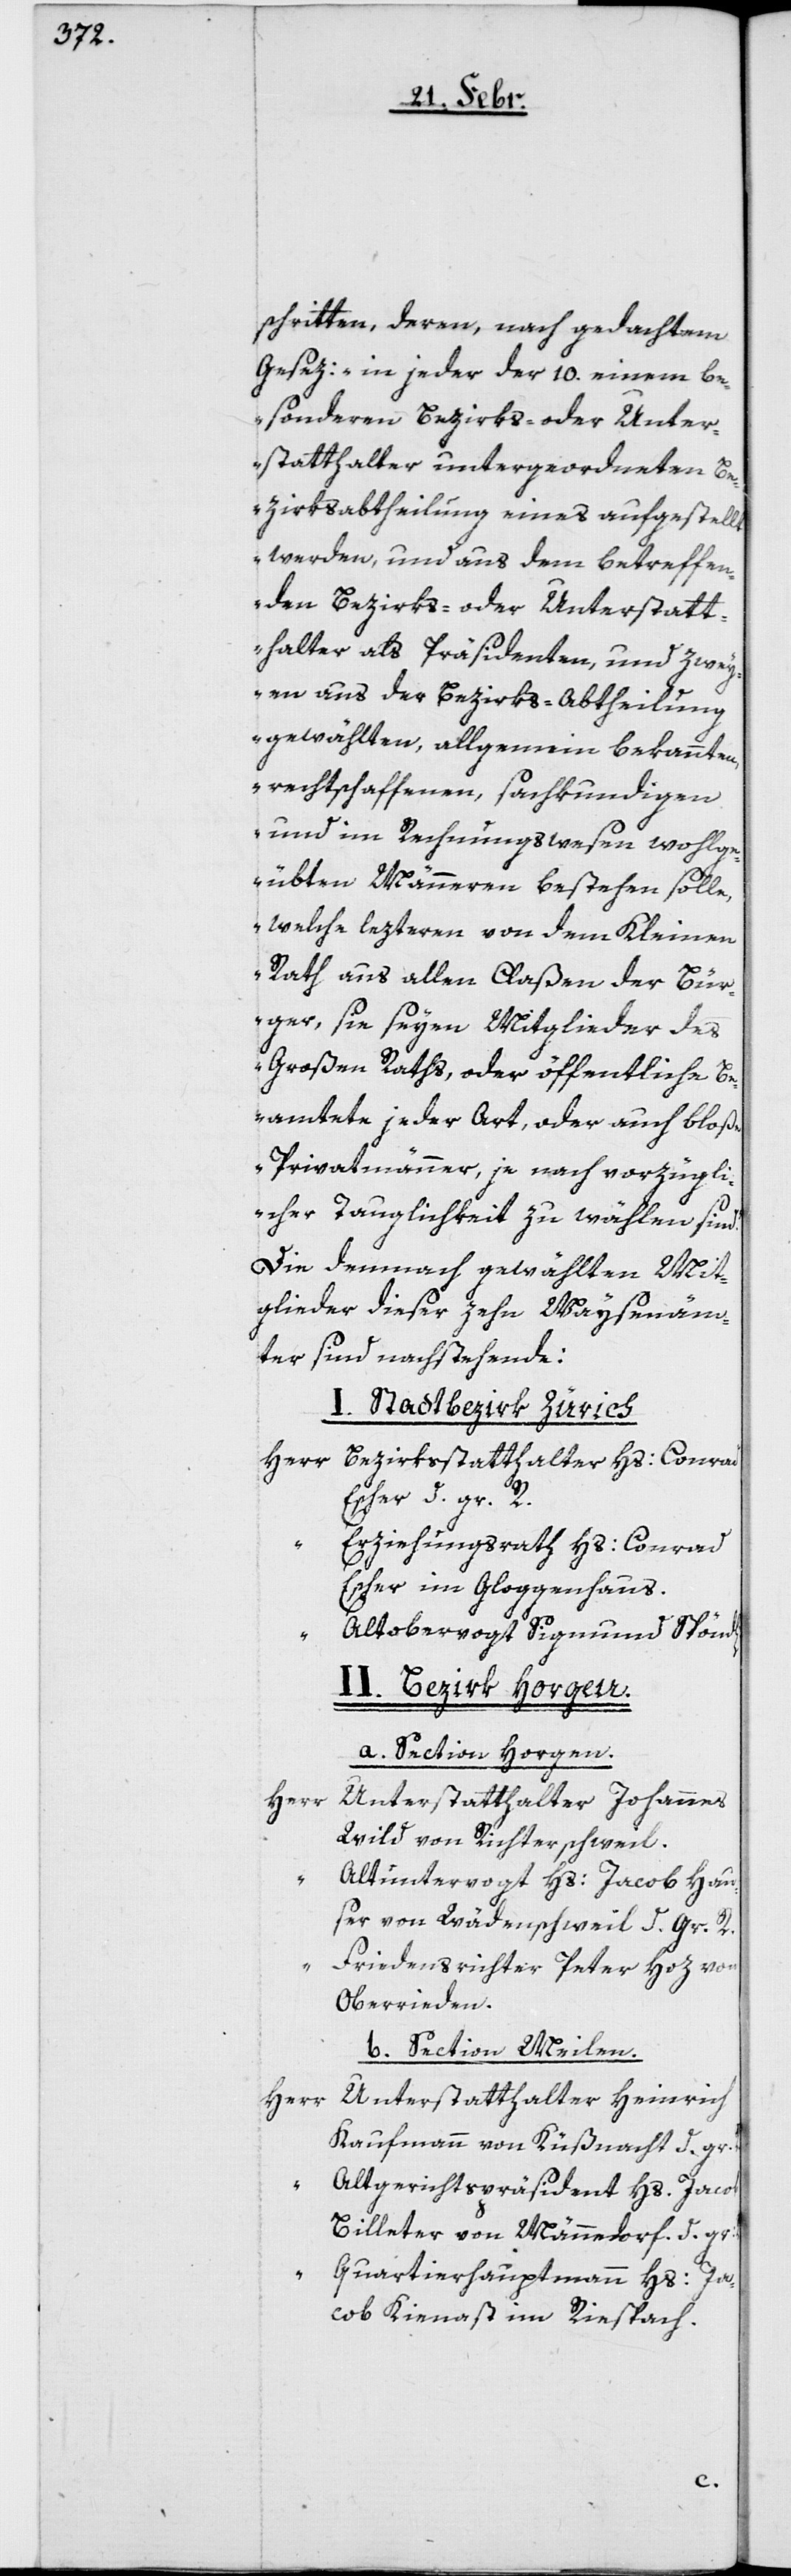
schritten, deren, nach gedachtem
Gesez: „in jeder der 10. einem be¬
sonderen Bezirks- oder Unter¬
statthalter untergeordneten Be¬
zirksabtheilung eines aufgestellt
werden, und aus dem betreffen¬
den Bezirks- oder Unterstatt¬
halter als Präsidenten, und zwe¬
yen aus der Bezirks-Abtheilung
gewählten, allgemein bekannten,
rechtschaffenen, sachkundigen
und im Rechnungswesen wohlge¬
übten Männeren bestehen solle,
welche lezteren von dem Kleinen
Rath aus allen Claßen der Bür¬
ger, sie seyen Mitglieder des
Großen Raths, oder öffentliche B¬
eamtete jeder Art, oder auch bloße
Privatmänner, je nach vorzügli¬
cher Tauglichkeit zu wählen sind“.
Die demnach gewählten Mit¬
glieder dieser zehn Waysenäm¬
ter sind nachstehende:
I. Stadtbezirk Zürich
Herr
Bezirksstatthalter Hs. Conrad
Escher d. gr. R.
Erziehungsrath Hs. Conrad
Escher im Gloggenhaus.
“ Altobervogt Sigmund Spöndli.
II. Bezirk Horgen.
a. Section Horgen.
Herr
Unterstatthalter Johannes
Wild von Richterschweil.
“
Altuntervogt Hs. Jacob Hau¬
ser von Wädenschweil d. gr. R.
Friedensrichter Peter Hoz von
Oberrieden.
b) Section Meilen.
Herr
Unterstatthalter Heinrich
Kaufmann von Küßnacht d. gr.
Altgerichtspräsident Hs. Jacob
Billeter von Männedorf. d. gr.
Quartierhauptmann Hs. Ja¬
cob Kienast im Riespach.